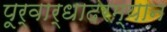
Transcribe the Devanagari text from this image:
पूर्वार्धादरम्यान